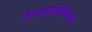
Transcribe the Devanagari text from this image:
नित्यासोडशिकार्णव